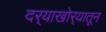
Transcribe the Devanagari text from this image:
दर्‍याखोर्‍यातून